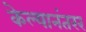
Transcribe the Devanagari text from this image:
केल्यानंतरर